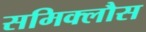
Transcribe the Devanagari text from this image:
समिक्लौस